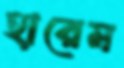
হারেম